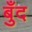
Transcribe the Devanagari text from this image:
बुँद